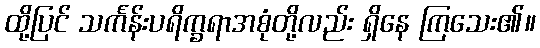
ထို့ပြင် သင်္ကန်းပရိက္ခရာအစုံတို့လည်း ရှိနေ ကြသေး၏။